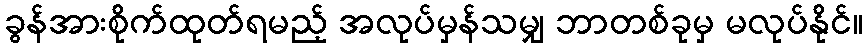
ခွန်အားစိုက်ထုတ်ရမည့် အလုပ်မှန်သမျှ ဘာတစ်ခုမှ မလုပ်နိုင်။